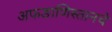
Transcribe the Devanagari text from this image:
अफङाणिस्तानचे